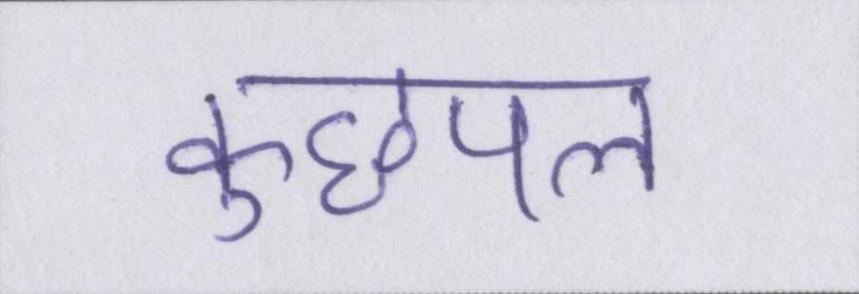
कुछपल